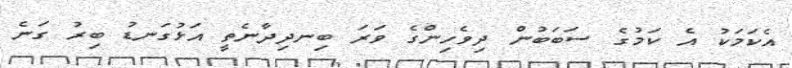
އެކަމަކު އެ ކަމުގެ ސަބަބުން ދިވެހިންގެ ވަރަ ބިނދިދާނެތީ އަޅުގަނޑު ބިރު ގަނެ